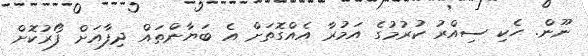
ނޫން. ހެކި ސިއްރު ކުރުމުގެ އަމުރާ އެއްގޮތަށް އެ ބަޔާންތައް ދިފާއަށް ފޯރުކޮށް